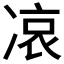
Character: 𠗪